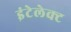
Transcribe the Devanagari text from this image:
इंटेलेक्ट